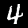
Label: 4